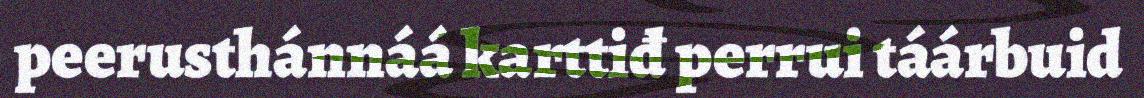
peerusthánnáá karttiđ perrui táárbuid